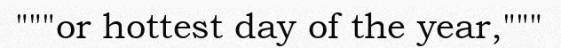
"""or hottest day of the year,"""